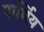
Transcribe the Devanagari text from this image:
पार्थिय